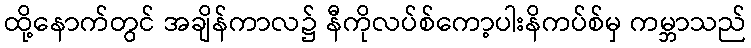
ထို့နောက်တွင် အချိန်ကာလ၌ နီကိုလပ်စ်ကော့ပါးနိကပ်စ်မှ ကမ္ဘာသည်